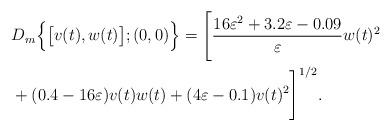
LaTeX: \begin{align*}&D_m\Big\{\big[v(t),w(t)\big];(0,0)\Big\}=\Bigg[ \frac{16\varepsilon^2+3.2\varepsilon-0.09}{\varepsilon}w(t)^2\\&+(0.4-16\varepsilon)v(t)w(t)+(4\varepsilon-0.1)v(t)^2\Bigg]^{1/2}. \end{align*}